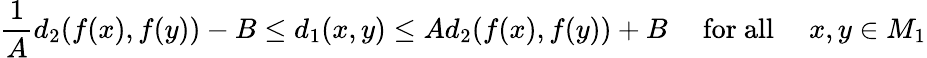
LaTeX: {\frac{1}{A}}d_{2}(f(x),f(y))-B\leq d_{1}(x,y)\leq Ad_{2}(f(x),f(y))+B\quad{\mathrm{~for~all~}}\quad x,y\in M_{1}